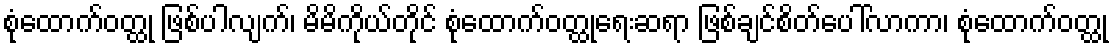
စုံထောက်ဝတ္ထု ဖြစ်ပါလျက်၊ မိမိကိုယ်တိုင် စုံထောက်ဝတ္ထုရေးဆရာ ဖြစ်ချင်စိတ်ပေါ်လာကာ၊ စုံထောက်ဝတ္ထု